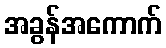
အခွန်အကောက်